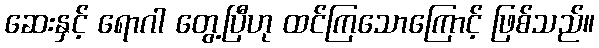
ဆေးနှင့် ရောဂါ တွေ့ပြီဟု ထင်ကြသောကြောင့် ဖြစ်သည်။